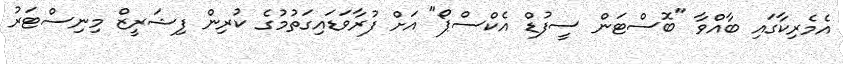
އެމެރިކާގައި ބާއްވާ "ބޮސްޓަން ސީފުޑް އެކްސްޕޯ" އަށް ފުރާވަޑައިގަތުމުގެ ކުރިން ފިޝަރީޒް މިނިސްޓަރު